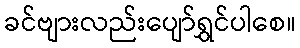
ခင်ဗျားလည်းပျော်ရွှင်ပါစေ။